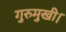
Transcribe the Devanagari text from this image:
गुरुमुखी।